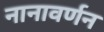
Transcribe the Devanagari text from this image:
नानावर्णन